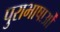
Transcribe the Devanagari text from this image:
पुराभाषाओं